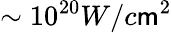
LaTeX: \sim10^{20}W/c\mathsf{m}^{2}